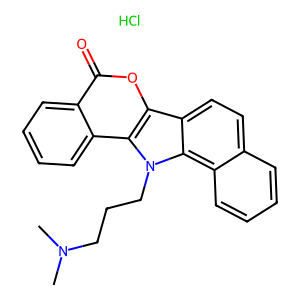
SMILES: CN(C)CCCn1c2c3ccccc3ccc2c2oc(=O)c3ccccc3c21.Cl
Inhibits HIV replication: No